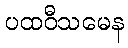
ပထဝီသမေန